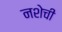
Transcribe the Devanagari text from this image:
नशेची